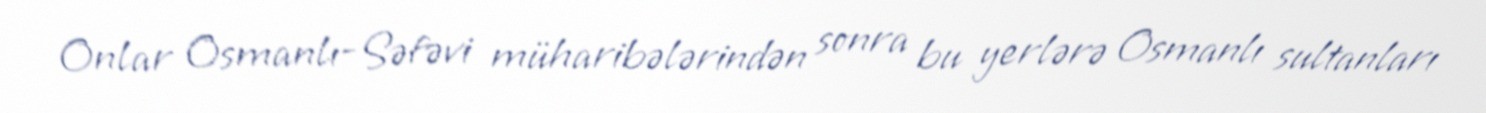
Onlar Osmanlı-Səfəvi müharibələrindən sonra bu yerlərə Osmanlı sultanları